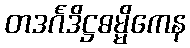
တဒင်္ဂဒိဋ္ဌဓမ္မိကေန